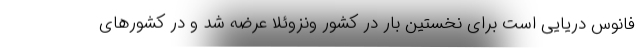
فانوس دریایی است برای نخستین بار در کشور ونزوئلا عرضه شد و در کشورهای